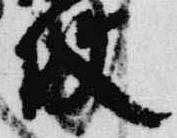
使